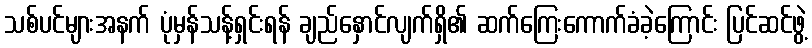
သစ်ပင်များအနက် ပုံမှန်သန့်ရှင်းရန် ချည်နှောင်လျက်ရှိ၏ ဆက်ကြေးကောက်ခံခဲ့ကြောင်း ပြင်ဆင်ဖွဲ့